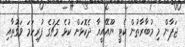
ޖަޕާން މި މުބާރާތުން ކެޓީ ޔޫއޭއީއާ ދެކޮޅަށް ކުޅެ މެޗުގެ ފުރިހަމަ ވަގުތާއި